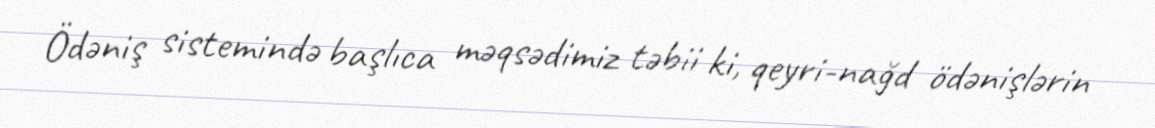
Ödəniş sistemində başlıca məqsədimiz təbii ki, qeyri-nağd ödənişlərin